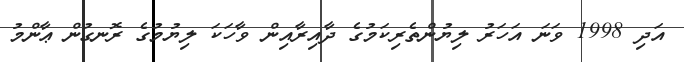
އަދި 1998 ވަނަ އަހަރު ލިޔުންތެރިކަމުގެ ދާއިރާއިން ވާހަކަ ލިޔުމުގެ ރޮނގުން ޢާންމު